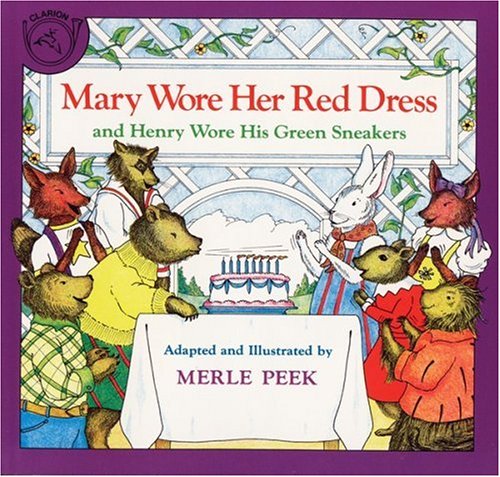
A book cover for Mary Wore Her Red Dress and Henry Wore His Green Sneakers; Merle Peek; Children's Books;